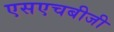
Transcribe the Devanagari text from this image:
एसएचबीजी